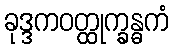
ခုဒ္ဒကဝတ္ထုက္ခန္ဓကံ